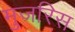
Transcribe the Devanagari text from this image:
मुजरिस